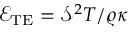
\mathcal { E } _ { \mathrm { T E } } = { { { \mathcal { S } } ^ { 2 } T } / { \varrho \kappa } }